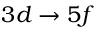
3 d \rightarrow 5 f